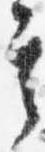
其